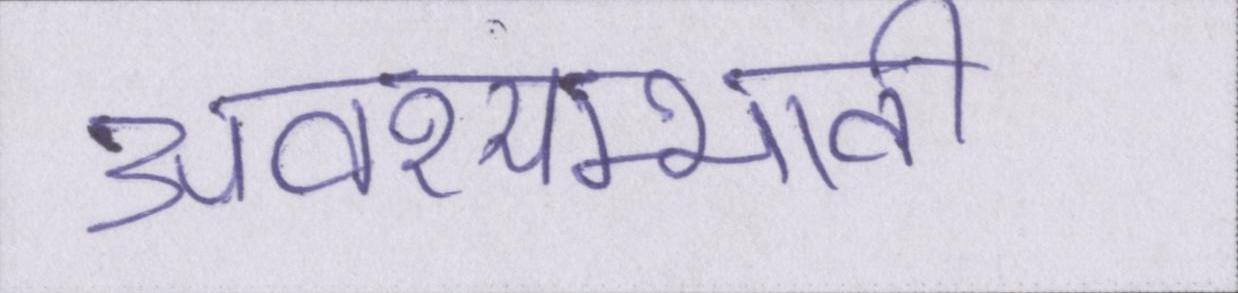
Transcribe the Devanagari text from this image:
अवश्यम्भावी